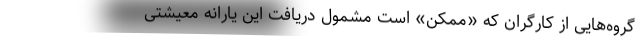
گروه‌هایی از کارگران که «ممکن» است مشمول دریافت این یارانه معیشتی